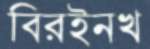
বিরইনখ